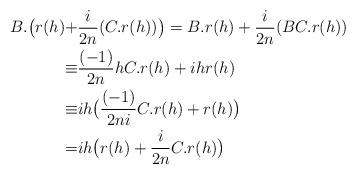
LaTeX: \begin{align*}B.\big(r(h)+&\frac{i}{2n}(C.r(h))\big)= B.r(h)+\frac{i}{2n}(BC.r(h))\\\equiv&\frac{(-1)}{2n}hC.r(h)+ihr(h)\\\equiv&ih\big(\frac{(-1)}{2ni}C.r(h)+r(h)\big)\\=&ih\big(r(h)+\frac{i}{2n}C.r(h)\big)\end{align*}